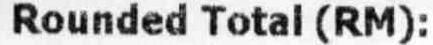
ROUNDED TOTAL (RM):